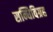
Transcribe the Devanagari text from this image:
सन्धिविग्रह